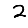
Digit: 2